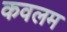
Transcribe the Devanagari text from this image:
कवलम